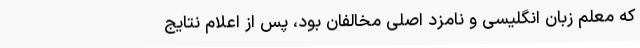
که معلم زبان انگلیسی و نامزد اصلی مخالفان بود، پس از اعلام نتایج